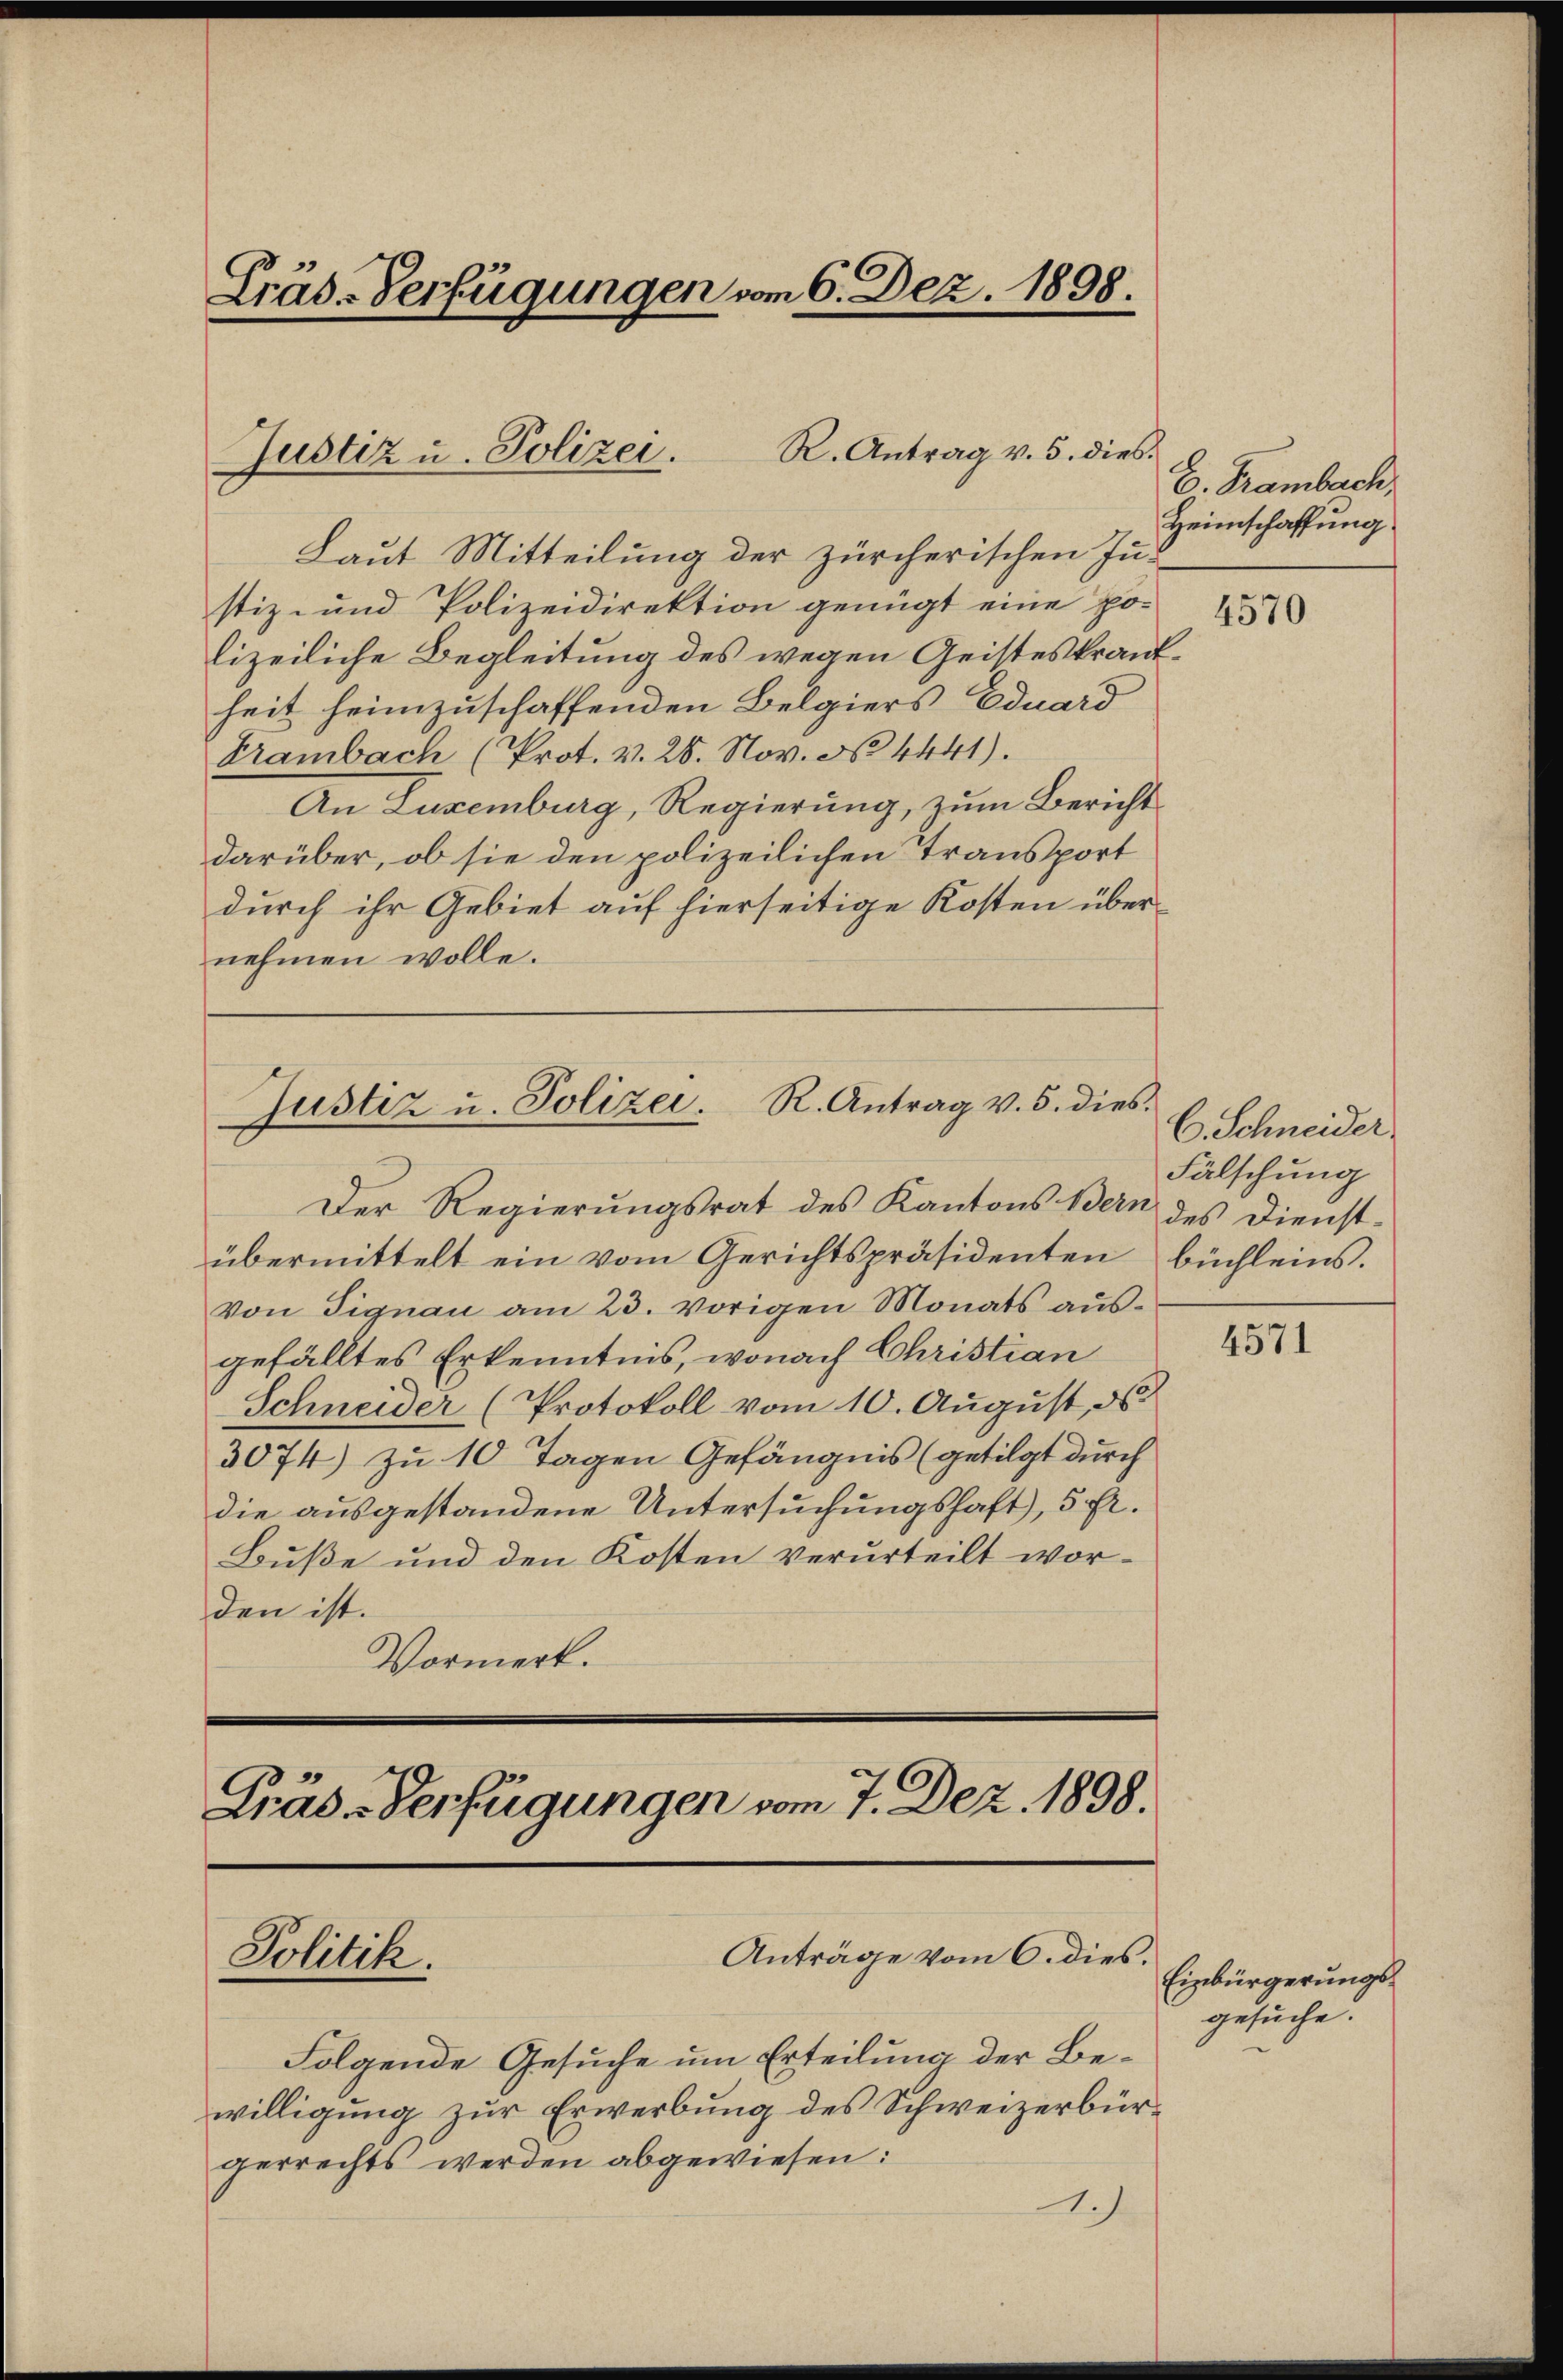
Präs-Verfügungen vom 6. Dez. 1898.

R. Antrag v. 5. dies
Justiz u. Polizei.

Laut Mitteilung der zürcherischen Jus
stiz- und Polizeidirektion genügt eine polizeiliche Begleitung des wegen Geisteskrankheit heimzuschaffenden Belgiers Eduard
Trambach (Prot. v. 26. Nov. No. 4441).
An Luxenburg, Regierung, zum Bericht
darüber, ob sie den polizeilichen Transport
durch ihr Gebiet auf hierseitige Kosten übernehmen wolle.

Justiz u. Polizei. R. Antrag v. 5. dies

Präs. Verfügungen vom 7. Dez. 1898.

Der Regierungsrat des Kantons Bern des Dienstübermittelt ein vom Gerichtspräsidenten
von Signau am 23. vorigen Monats aŭs-
gefälltes Erkenntnis, wonach Christian
Schneider (Protokoll vom 10. August, d
3074) zu 10 Tagen Gefängnis (getilgt durch
die ausgestandene Untersuchungshaft, 5 Fr.
Buße und den Kosten verurteilt worden ist.
Vormerk.

Folgende Gesuche um Erteilung der Bewilligung zur Erwerbung des Schweizerbürgerrechts werden abgewiesen:

Anträge vom 6. dies.
Politik.

A.J.

E. Trambach,
Heimschaffung

4570

C. Schneider
Fälschung
büchleins.

4571

Einbürgerungsgesuche.